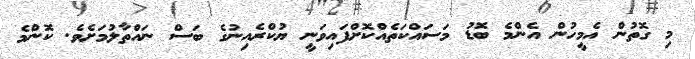
މި ގޮތުން އެމީހުން އެންމެ ބޮޑު މަސައްކަތެއްކޮށްފައިވަނީ ޔުކްރެއިނުގެ ބަސް ނައްތާލުމަށެވެ. ކޮންމެ